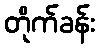
တိုက်ခန်း